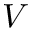
V